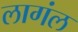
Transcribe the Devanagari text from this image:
लागंल